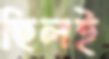
ছিলই